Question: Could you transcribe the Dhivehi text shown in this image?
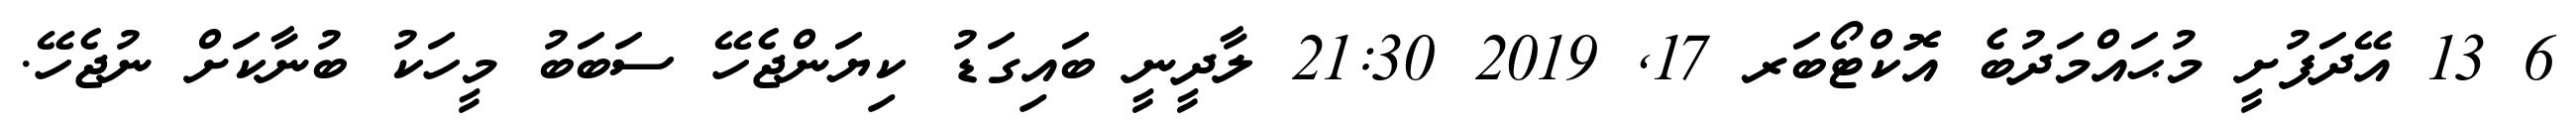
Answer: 6 13 އޭދަފުށީ މުޙައްމަދުބެ އޮކްޓޯބަރ 17, 2019 21:30 ލާދީނީ ބައިގަޑު ކިޔަންޖެހޭ ސަބަބު މީހަކު ބުނާކަށް ނުޖެހޭ.